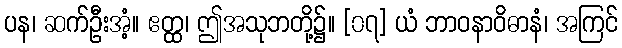
ပန၊ ဆက်ဦးအံ့။ ဧတ္ထ၊ ဤအသုဘတို့၌။ [၀၇] ယံ ဘာဝနာဝိဓာနံ၊ အကြင်